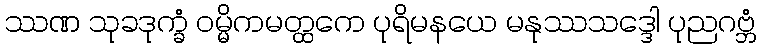
ဿဏ သုခဒုက္ခံ ဝမ္မိကမတ္ထကေ ပုရိမနယေ မနုဿသဒ္ဒေါ ပုညဂဗ္ဘံ